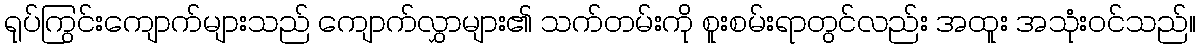
ရုပ်ကြွင်းကျောက်များသည် ကျောက်လွှာများ၏ သက်တမ်းကို စူးစမ်းရာတွင်လည်း အထူး အသုံးဝင်သည်။